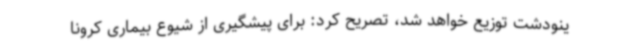
ینودشت توزیع خواهد شد، تصریح کرد: برای پیشگیری از شیوع بیماری کرونا